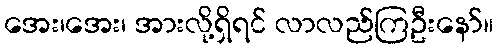
အေး၊အေး၊ အားလို့ရှိရင် လာလည်ကြဦးနော်။